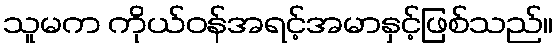
သူမက ကိုယ်ဝန်အရင့်အမာနှင့်ဖြစ်သည်။